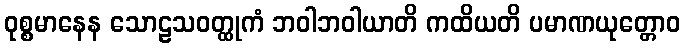
ဝုစ္စမာနေန သောဠသဝတ္ထုကံ ဘဝါဘဝါယာတိ ကထိယတိ ပမာဏယုတ္တောဝ